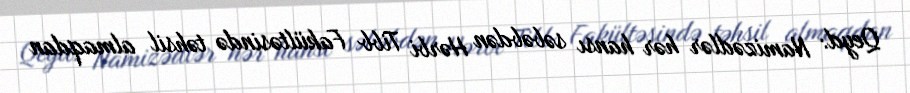
Qeyd: Namizədlər hər hansı səbəbdən Hərbi Tibb Fakültəsində təhsil almaqdan